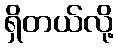
ရှိတယ်လို့